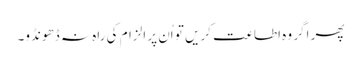
پھر اگر وہ اطاعت کریں تو اُن پر الزام کی راہ نہ ڈھونڈو۔